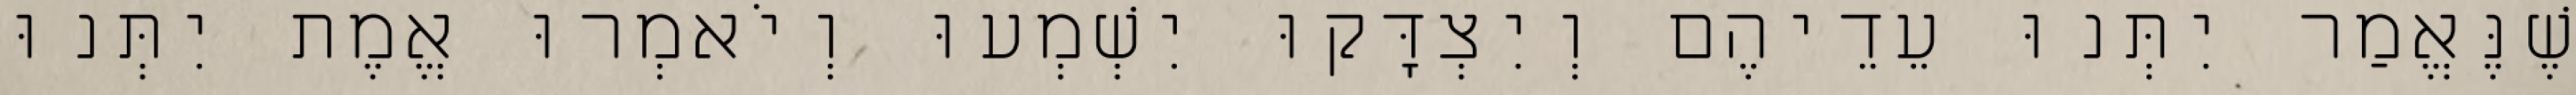
שֶׁנֶּאֱמַר יִתְּנוּ עֵדֵיהֶם וְיִצְדָּקוּ יִשְׁמְעוּ וְיֹאמְרוּ אֱמֶת יִתְּנוּ